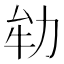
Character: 劺